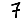
Digit: 7